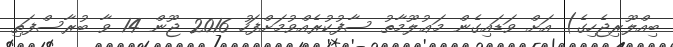
ބިއްލޫރިޖެހިގެ) އަށް ވަޑައިގެން މަޢުލޫމާތު ސާފުކުރެއްވުމަށްފަހު 2016 ޖޫން 14 ވާ ބުރާސްފަތި